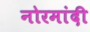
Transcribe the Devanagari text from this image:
नोरमांदी